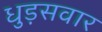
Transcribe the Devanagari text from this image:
धुड़सवार